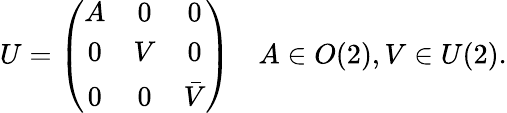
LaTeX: U=\left(\begin{array}{ccc}{{A}}&{{0}}&{{0}}\\ {{0}}&{{V}}&{{0}}\\ {{0}}&{{0}}&{{\bar{V}}}\end{array}\right)\quad A\in O(2),V\in U(2).